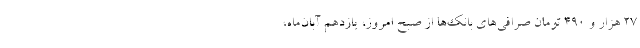
۲۷ هزار و ۴۹۰ تومان صرافی‌های بانک‌ها از صبح امروز، یازدهم آبان‌ماه،